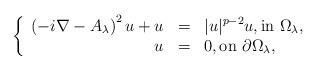
LaTeX: \begin{align*}\left\{\begin{array}{rcl} \left( -i\nabla - A_\lambda \right)^2 u + u & = & |u|^{p-2}u, \textrm{in } \Omega_\lambda, \\ u & = & 0, \textrm{on } \partial\Omega_\lambda, \end{array}\right.\end{align*}